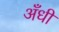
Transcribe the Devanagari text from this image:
अँधी